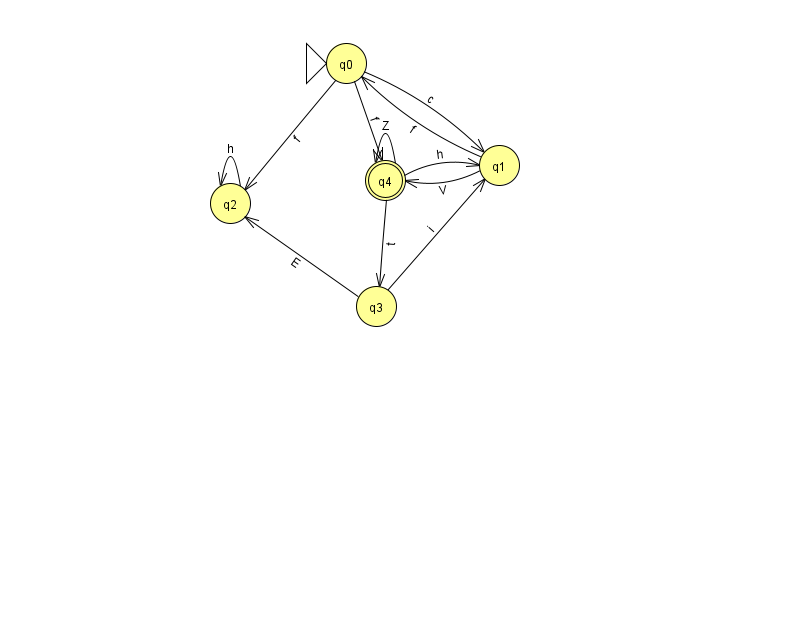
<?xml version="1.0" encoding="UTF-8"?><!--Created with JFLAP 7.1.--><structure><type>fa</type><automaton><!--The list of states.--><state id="0" name="q0"><x>346.0</x><y>50.0</y><initial/></state><state id="1" name="q1"><x>499.0</x><y>152.0</y></state><state id="2" name="q2"><x>230.0</x><y>190.0</y></state><state id="3" name="q3"><x>376.0</x><y>293.0</y></state><state id="4" name="q4"><x>385.0</x><y>167.0</y><final/></state><!--The list of transitions.--><transition><from>0</from><to>4</to><read>f</read></transition><transition><from>3</from><to>2</to><read>E</read></transition><transition><from>4</from><to>1</to><read>h</read></transition><transition><from>1</from><to>4</to><read>V</read></transition><transition><from>2</from><to>2</to><read>h</read></transition><transition><from>4</from><to>3</to><read>t</read></transition><transition><from>0</from><to>1</to><read>c</read></transition><transition><from>3</from><to>1</to><read>i</read></transition><transition><from>4</from><to>4</to><read>Z</read></transition><transition><from>0</from><to>2</to><read>f</read></transition><transition><from>1</from><to>0</to><read>f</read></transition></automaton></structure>